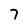
Character: 7